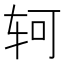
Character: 轲